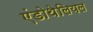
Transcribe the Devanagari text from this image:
एंडोथेलियल